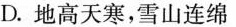
D.地高天寒，雪山连绵